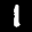
Label: 1